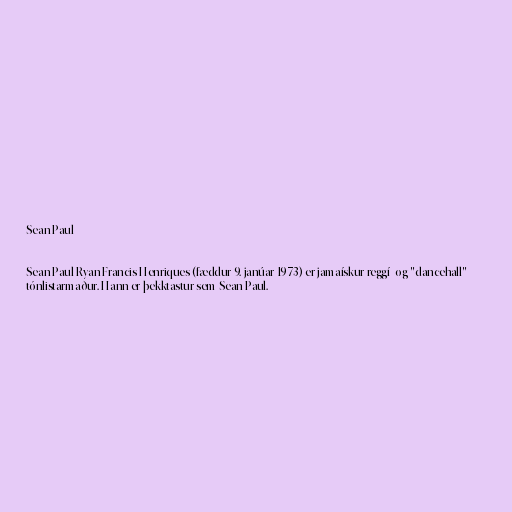
Sean Paul

Sean Paul Ryan Francis Henriques (fæddur 9. janúar 1973) er jamaískur reggí- og "dancehall"
tónlistarmaður. Hann er þekktastur sem Sean Paul.